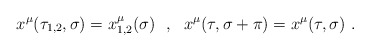
\begin{align*}x^\mu(\tau_{1,2},\sigma)=x^\mu_{1,2}(\sigma)\ \ ,\ \ x^\mu(\tau,\sigma+\pi)=x^\mu(\tau,\sigma)\ .\end{align*}